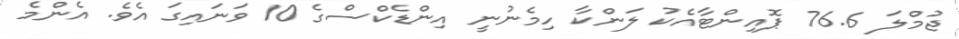
ޖުމްލަ 76.6 ޕޮއިންޓާއެކު ލަންކާ ހިމެނުނީ އިންޑެކްސްގެ 10 ވަނައިގަ އެވެ. އެންމެ